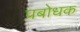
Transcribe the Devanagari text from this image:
प्रबोधक